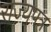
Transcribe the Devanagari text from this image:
राज्यपत्र